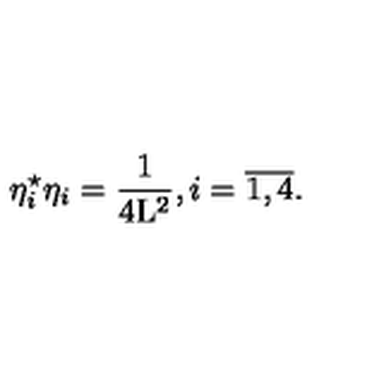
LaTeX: { \eta } _ { i } ^ { \star } { \eta } _ { i } = \frac { 1 } { 4 \mathrm { L } ^ { 2 } } , i = \overline { { 1 , 4 } } .